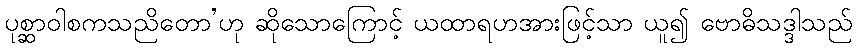
ပုစ္ဆာဝါစကသညိတော’ဟု ဆိုသောကြောင့် ယထာရဟအားဖြင့်သာ ယူ၍ ဗောဓိသဒ္ဒါသည်